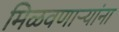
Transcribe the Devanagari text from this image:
मिळवणाऱ्यांना